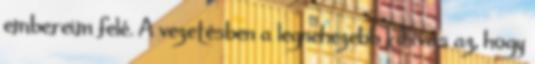
embereim felé. A vezetésben a legnehezebb kihívás az, hogy